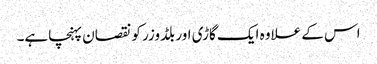
اس کے علاوہ ایک گاڑی اور بلڈوزر کو نقصان پہنچاہے۔